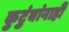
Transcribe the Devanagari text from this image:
कुटुंबांनाही